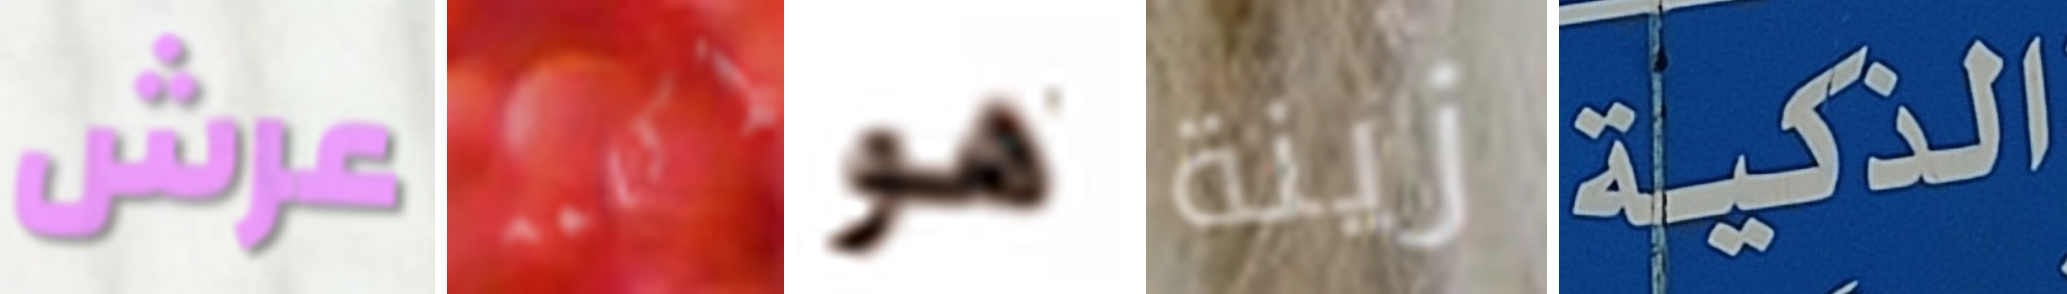
عرش أكلمه هو زينة الذكية